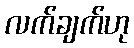
လက်ချက်ဟု